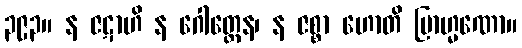
၃၉၃။ န ဇဋာဟိ န ဂေါတ္တေန၊ န ဇစ္စာ ဟောတိ ဗြာဟ္မဏော။